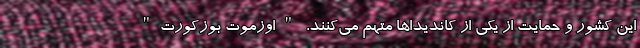
این کشور و حمایت از یکی از کاندیداها متهم می‌کنند. "‌اوزموت بوزکورت"